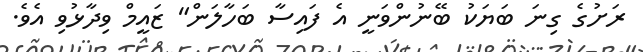
ރަށުގެ ގިނަ ބަޔަކު ބޭނުންވަނީ އެ ފައިސާ ބަހާލަން" ޒައީމް ވިދާޅުވި އެވެ.